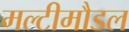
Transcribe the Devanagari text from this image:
मल्टीमौडल